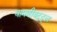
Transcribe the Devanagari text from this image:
धामणीबद्द्ल